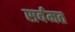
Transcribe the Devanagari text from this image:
सर्वमत